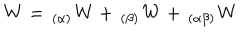
\mathbf { W } = \, _ { ( \alpha ) } \mathbf { W } + \, _ { ( \beta ) } \mathbf { W } + \, _ { ( \alpha \beta ) } \mathbf { W }